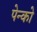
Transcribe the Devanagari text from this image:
पेन्को